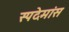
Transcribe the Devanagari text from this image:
स्पदेमांस